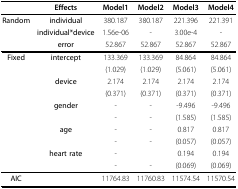
<table><thead><tr><td></td><td><b>Effects</b></td><td><b>Model1</b></td><td><b>Model2</b></td><td><b>Model3</b></td><td><b>Model4</b></td></tr></thead><tbody><tr><td><b>Random</b></td><td><b>individual</b></td><td>380.187</td><td>380.187</td><td>221.396</td><td>221.391</td></tr><tr><td></td><td><b>individual*device</b></td><td>1.56e-06</td><td>-</td><td>3.00e-4</td><td>-</td></tr><tr><td></td><td><b>error</b></td><td>52.867</td><td>52.867</td><td>52.867</td><td>52.867</td></tr><tr><td><b>Fixed</b></td><td><b>intercept</b></td><td>133.369</td><td>133.369</td><td>84.864</td><td>84.864</td></tr><tr><td></td><td></td><td>(1.029)</td><td>(1.029)</td><td>(5.061)</td><td>(5.061)</td></tr><tr><td></td><td><b>device</b></td><td>2.174</td><td>2.174</td><td>2.174</td><td>2.174</td></tr><tr><td></td><td></td><td>(0.371)</td><td>(0.371)</td><td>(0.371)</td><td>(0.371)</td></tr><tr><td></td><td><b>gender</b></td><td>-</td><td>-</td><td>-9.496</td><td>-9.496</td></tr><tr><td></td><td></td><td>-</td><td>-</td><td>(1.585)</td><td>(1.585)</td></tr><tr><td></td><td><b>age</b></td><td>-</td><td>-</td><td>0.817</td><td>0.817</td></tr><tr><td></td><td></td><td>-</td><td>-</td><td>(0.057)</td><td>(0.057)</td></tr><tr><td></td><td><b>heart rate</b></td><td>-</td><td></td><td>0.194</td><td>0.194</td></tr><tr><td></td><td></td><td>-</td><td>-</td><td>(0.069)</td><td>(0.069)</td></tr><tr><td><b>AIC</b></td><td></td><td>11764.83</td><td>11760.83</td><td>11574.54</td><td>11570.54</td></tr></tbody></table>